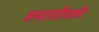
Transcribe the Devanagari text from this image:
हयातीतही